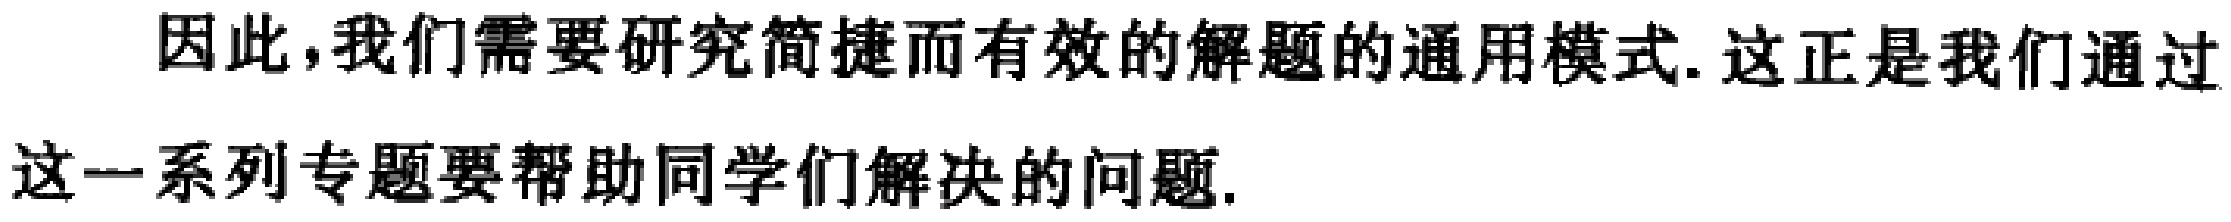
因此，我们需要研究简捷而有效的解题的通用模式. 这正是我们通过这一系列专题要帮助同学们解决的问题.